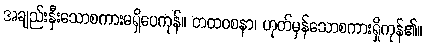
အချည်းနှီးသောစကားမရှိပေကုန်။ တထဝစနာ၊ ဟုတ်မှန်သောစကားရှိကုန်၏။